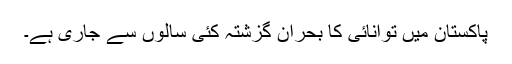
پاکستان میں توانائی کا بحران گزشتہ کئی سالوں سے جاری ہے۔